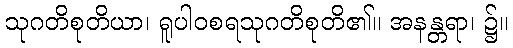
သုဂတိစုတိယာ၊ ရူပါဝစရသုဂတိစုတိ၏။ အနန္တရာ၊ ၌။